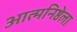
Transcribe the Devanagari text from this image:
आत्मनिष्ठेला